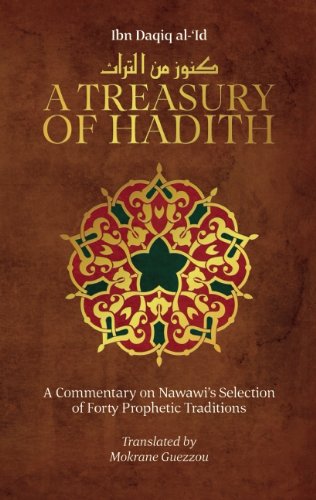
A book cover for A Treasury of Hadith: A Commentary on NawawiEEs Selection of Prophetic Traditions (Treasury in Islamic Thought and Civilization); Shaykh al-Islam Ibn Daqiq al-'Id; Religion & Spirituality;